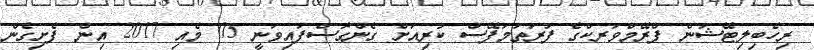
ރިހެބިލިޓޭޝަން ފްރޭމްވަރކްގެ ފުރަތަމަފޭސް ކުރިއަށް ގެންގޮސްފައިވަނީ 05 މެއި 2017 އިން ފެށިގެން